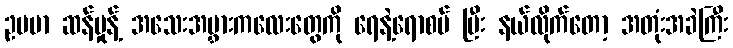
ဥပမာ ဆန်မှုန့် အသေးအမွှားကလေးတွေကို ရေနဲ့ရောစပ် ပြီး နယ်လိုက်တော့ အတုံးအခဲကြီး